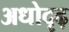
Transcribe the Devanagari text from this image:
अधोदृढ़